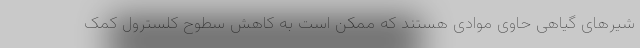
شیرهای گیاهی حاوی موادی هستند که ممکن است به کاهش سطوح کلسترول کمک